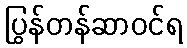
ပြွန်တန်ဆာဝင်ရ